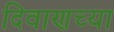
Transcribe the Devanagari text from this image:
दिवाणच्या